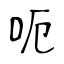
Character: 呃